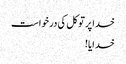
خدا پر توکل کی درخواست
خدایا!